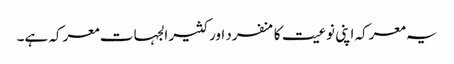
یہ معرکہ اپنی نوعیت کا منفرد اور کثیر الجہات معرکہ ہے۔